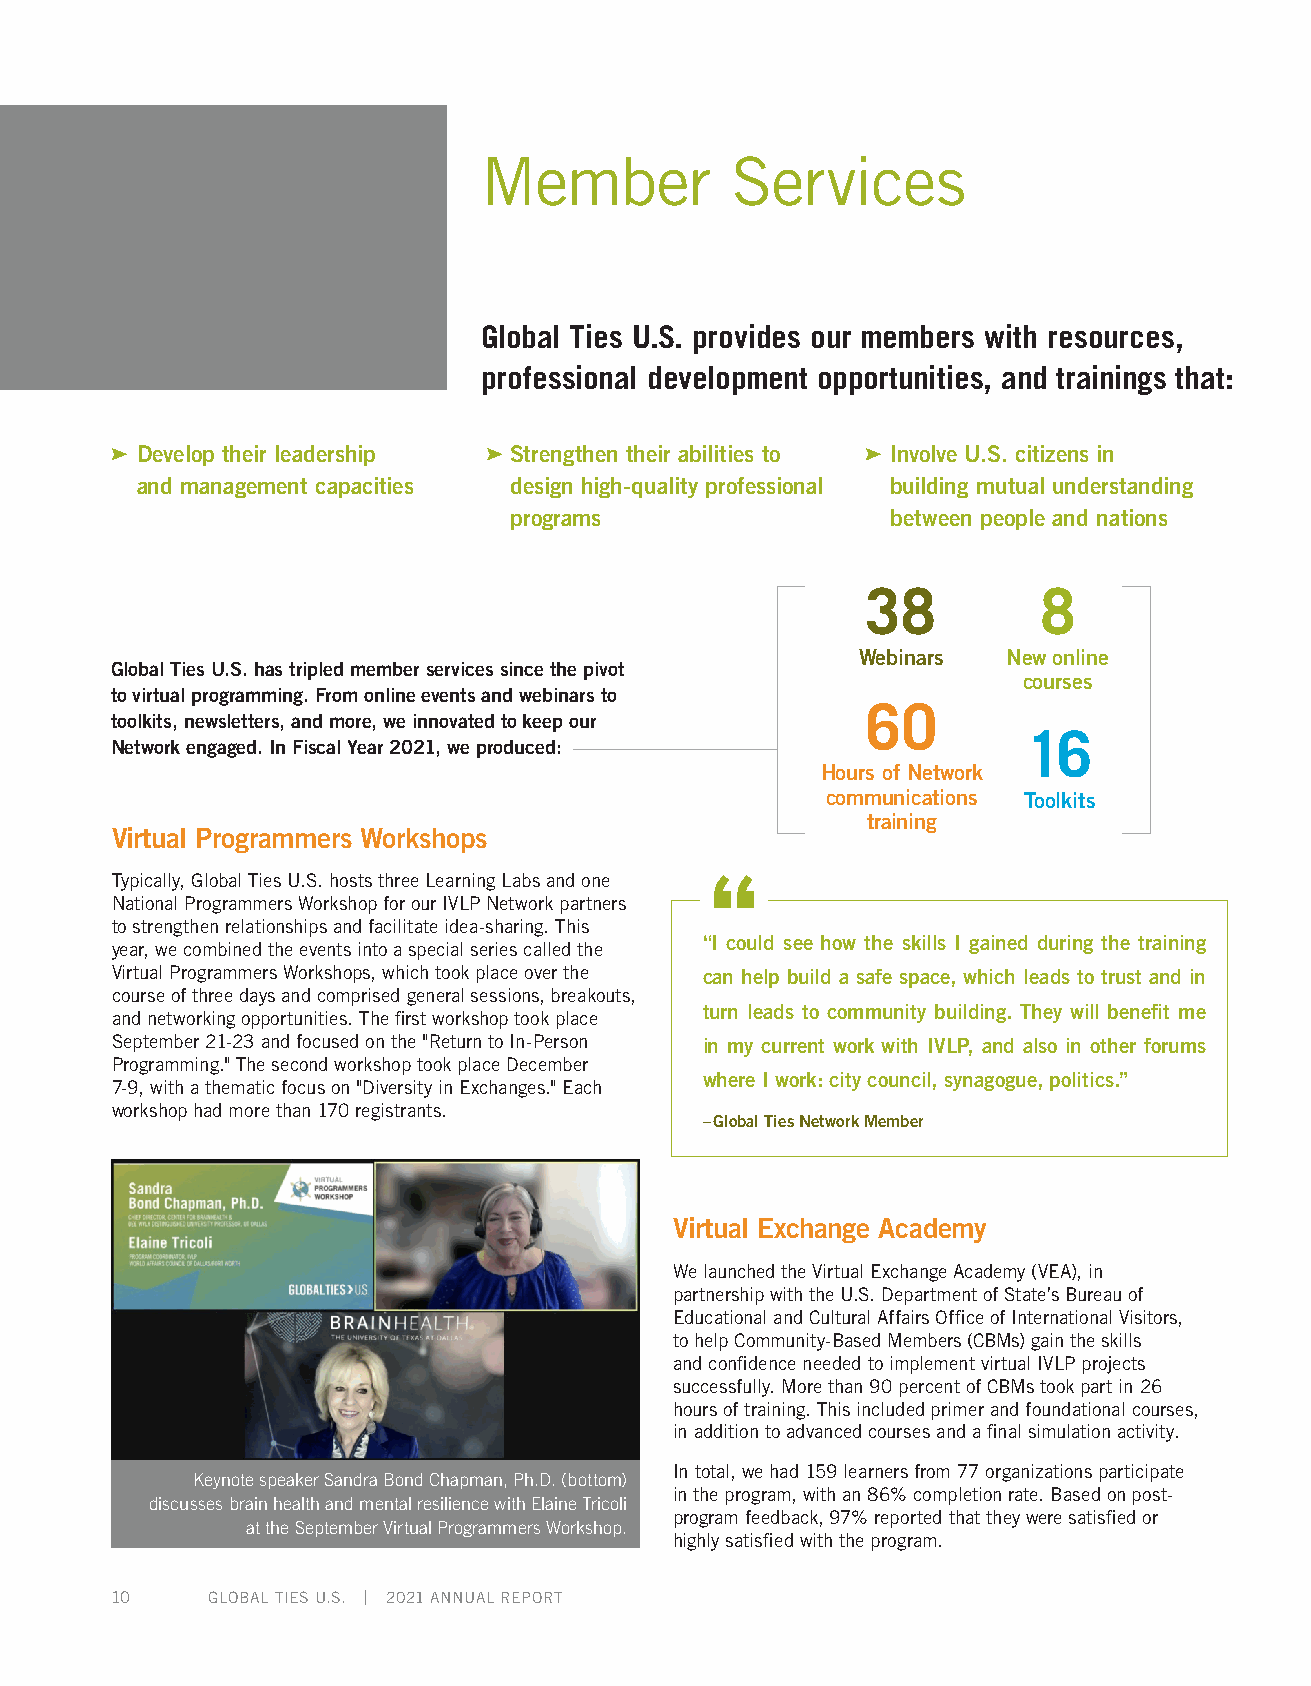
Member          Services
 Global Ties U.S. provides our members with resources,
 professional development opportunities, and trainings that:
 Develop their leadership Strengthen their abilities to Involve U.S. citizens in
 and management capacities design high-quality professional building mutual understanding
 programs                 between people and nations
 38          8
 Webinars  New online
 Global Ties U.S. has tripled member services since the pivot
 courses
 to virtual programming. From online events and webinars to
 60
 toolkits, newsletters, and more, we innovated to keep our
 16
 Network engaged. In Fiscal Year 2021, we produced:
 Hours of Network
 communications Toolkits
 training
 Virtual Programmers Workshops
 Typically, Global Ties U.S. hosts three Learning Labs and one
 National Programmers Workshop for our IVLP Network partners
 to strengthen relationships and facilitate idea-sharing. This
 “I could see how the skills I gained during the training
 year, we combined the events into a special series called the
 Virtual Programmers Workshops, which took place over the can help build a safe space, which leads to trust and in
 course of three days and comprised general sessions, breakouts,
 turn leads to community building. They will benefit me
 and networking opportunities. The first workshop took place
 September 21-23 and focused on the "Return to In-Person in my current work with IVLP, and also in other forums
 Programming." The second workshop took place December
 where I work: city council, synagogue, politics.”
 7-9, with a thematic focus on "Diversity in Exchanges." Each
 workshop had more than 170 registrants.
 – Global Ties Network Member
 Virtual Exchange Academy
 We launched the Virtual Exchange Academy (VEA), in
 partnership with the U.S. Department of State’s Bureau of
 Educational and Cultural Affairs Office of International Visitors,
 to help Community-Based Members (CBMs) gain the skills
 and confidence needed to implement virtual IVLP projects
 successfully. More than 90 percent of CBMs took part in 26
 hours of training. This included primer and foundational courses,
 in addition to advanced courses and a final simulation activity.
 In total, we had 159 learners from 77 organizations participate
 Keynote speaker Sandra Bond Chapman, Ph.D. (bottom)
 in the program, with an 86% completion rate. Based on post-
 discusses brain health and mental resilience with Elaine Tricoli
 program feedback, 97% reported that they were satisfied or
 at the September Virtual Programmers Workshop.
 highly satisfied with the program.
 10     GLOBAL TIES U.S. | 2021 ANNUAL REPORT